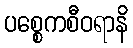
ပစ္စေကစီဝရာနိ